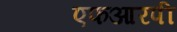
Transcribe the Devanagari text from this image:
एफआरपी